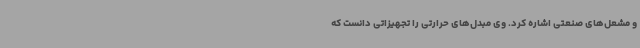
و مشعل‌های صنعتی اشاره کرد. وی مبدل‌های حرارتی را تجهیزاتی دانست که